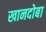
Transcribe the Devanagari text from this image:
खानदोबा